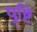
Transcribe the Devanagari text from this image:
पु्ष्टि